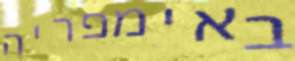
באימפריה